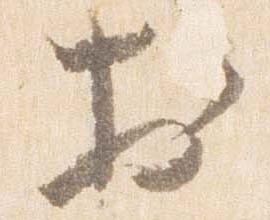
於